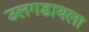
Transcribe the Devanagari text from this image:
उलगडायला